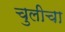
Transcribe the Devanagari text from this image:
चुलीचा